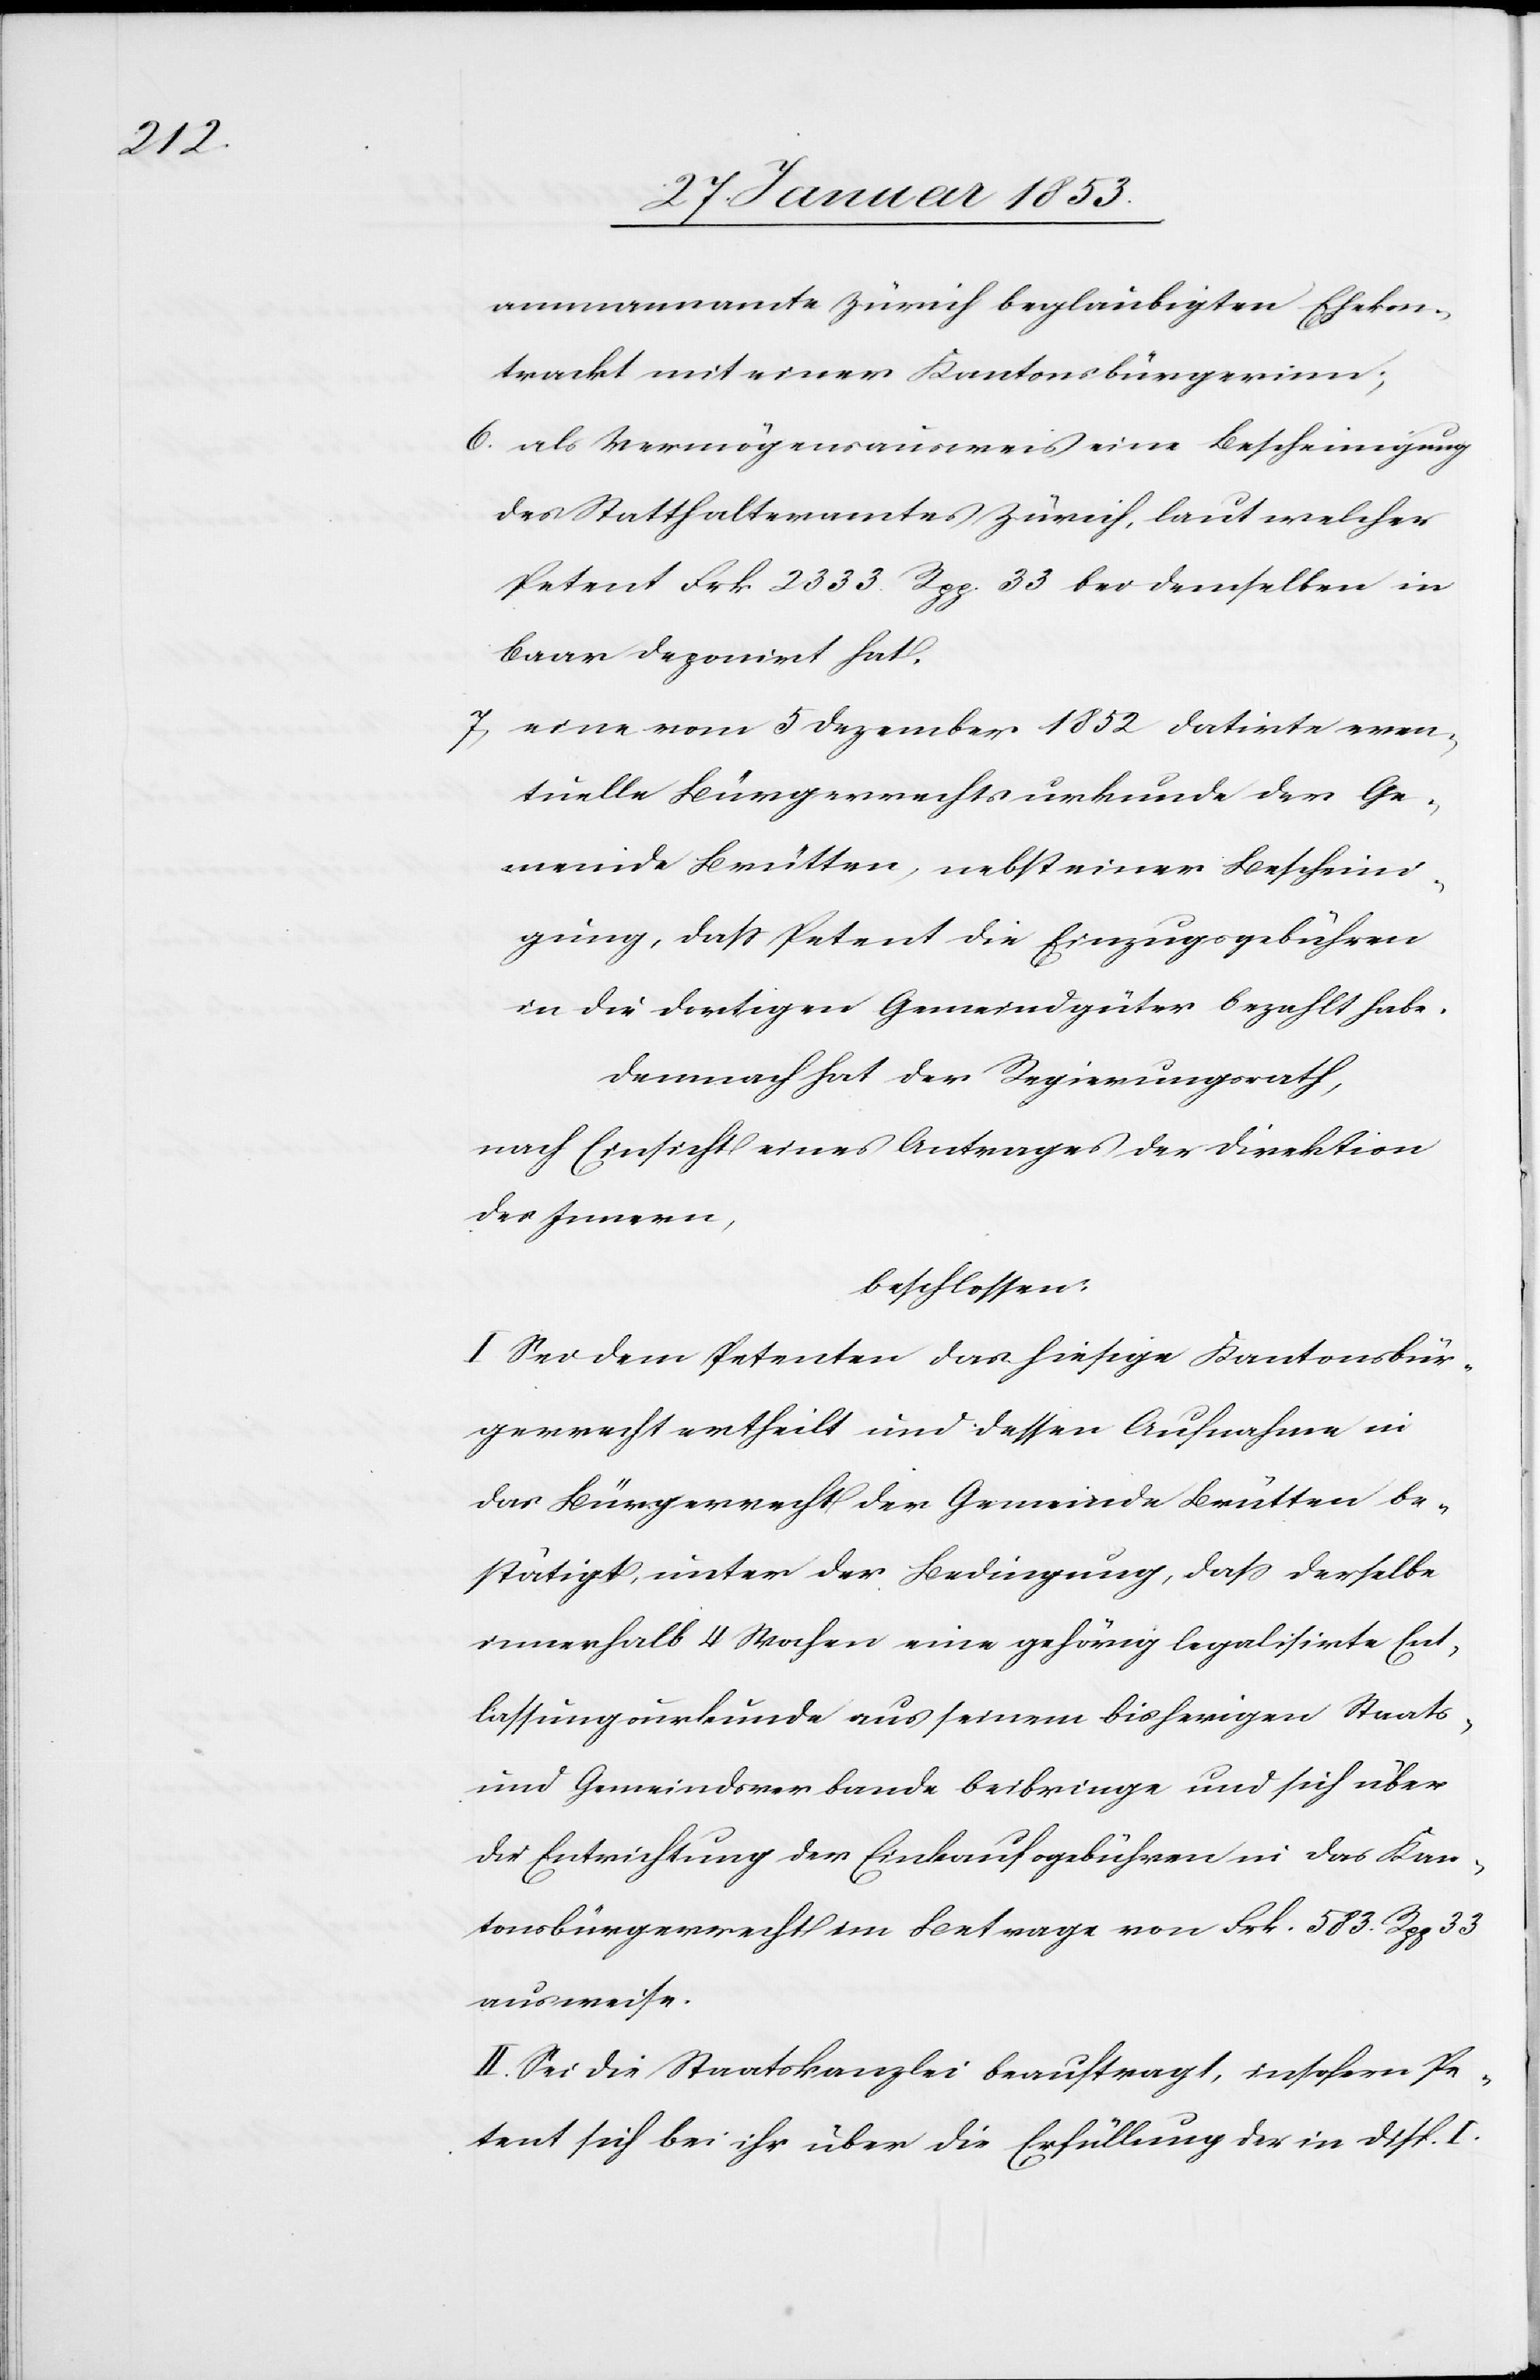
ammannamte Zürich begläubigten Ehekon¬
trackt mit einer Kantonsbürgerinn;
6, als Vermögensausweis eine Bescheinigung
des Statthalteramtes Zürich, laut welcher
Petent Frk. 2333. Rpp. 33 bei demselben in
baar deponirt hat.
7, eine vom 5 Dezember 1852 datirte even¬
tuelle Bürgerrechtsurkunde der Ge¬
meinde Brütten, nebst einer Bescheini¬
gung, daß Petent die Einzugsgebühren
in die dortigen Gemeindgüter bezahlt habe.
Demnach hat der Regierungsrath,
nach Einsicht eines Antrages der Direktion
des Innern,
beschlossen:
I. Sei dem Petenten das hiesige Kantonsbür¬
gerrecht ertheilt und dessen Aufnahme in
das Bürgerrecht der Gemeinde Brütten be¬
stätigt, unter der Bedingung, daß derselbe
innerhalb 4 Wochen eine gehörig legalisirte Ent¬
lassungsurkunde aus seinem bisherigen Staats-
und Gemeindsverbande beibringe und sich über
die Entrichtung der Einkaufsgebühren in das Kan¬
tonsbürgerrecht im Betrage von Frk. 583. Rpp. 33
ausweise.
II. Sei die Staatskanzlei beauftragt, insofern Pe¬
tent sich bei ihr über die Erfüllung der in disp. I.